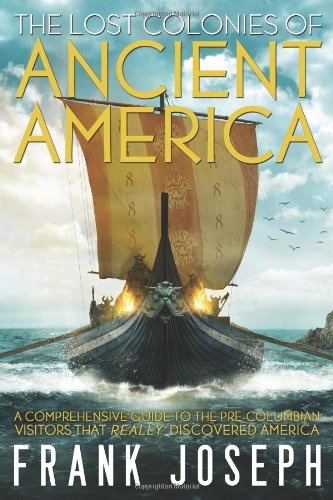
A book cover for The Lost Colonies of Ancient America: A Comprehensive Guide to the Pre-Columbian Visitors Who Really Discovered America; Frank Joseph; Religion & Spirituality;